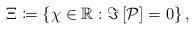
LaTeX: \begin{align*}\Xi\coloneqq\left\{\chi\in\mathbb{R}:\Im\left[\mathcal{P}\right]=0\right\},\end{align*}